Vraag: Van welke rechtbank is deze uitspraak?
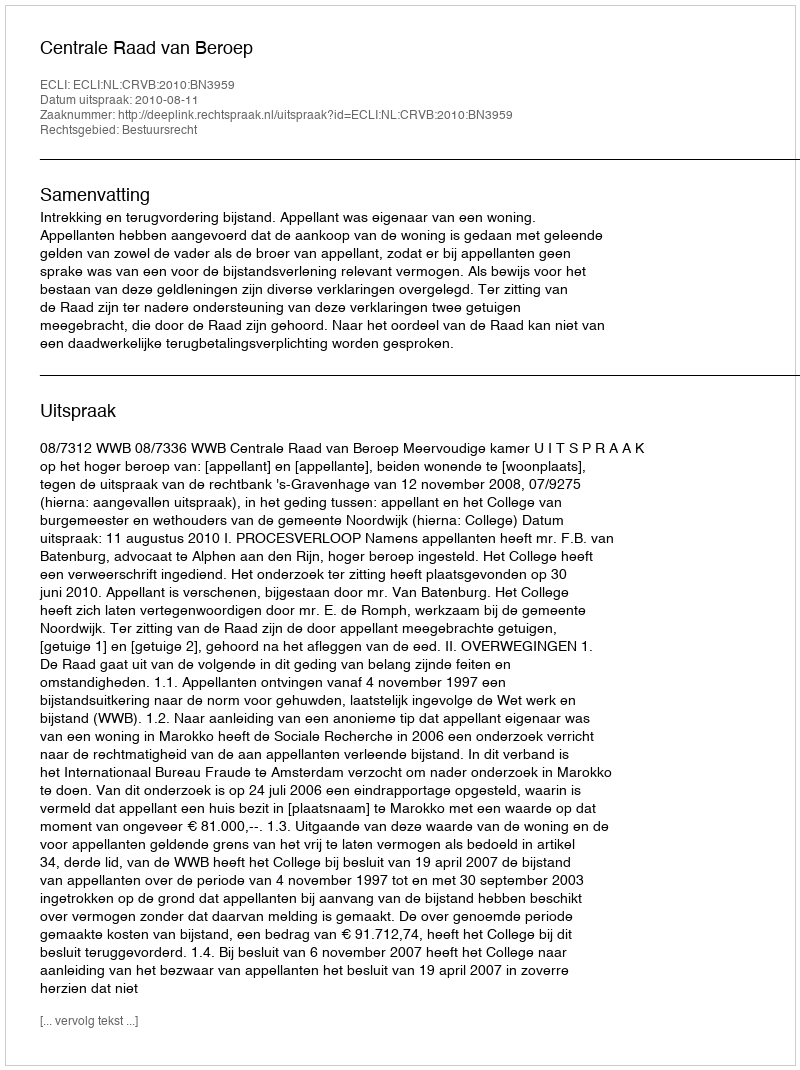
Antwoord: Centrale Raad van Beroep